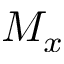
M _ { x }